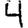
Digit: 4